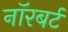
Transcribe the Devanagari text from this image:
नॉरबर्ट